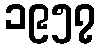
၁၉၅၇